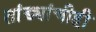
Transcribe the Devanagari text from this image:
तांड्यांचीही